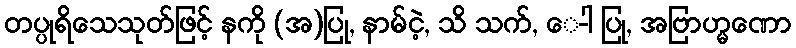
တပ္ပုရိသေသုတ်ဖြင့် နကို (အ)ပြု, နာမ်ငဲ့, သိ သက်, ေ-ါ ပြု, အဗြာဟ္မဏော